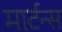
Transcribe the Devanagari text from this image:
मार्टन्स